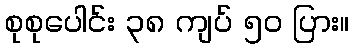
စုစုပေါင်း ၃၈ ကျပ် ၅၀ ပြား။